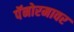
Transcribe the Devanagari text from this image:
पॅनोरमावर